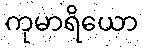
ကုမာရိယော